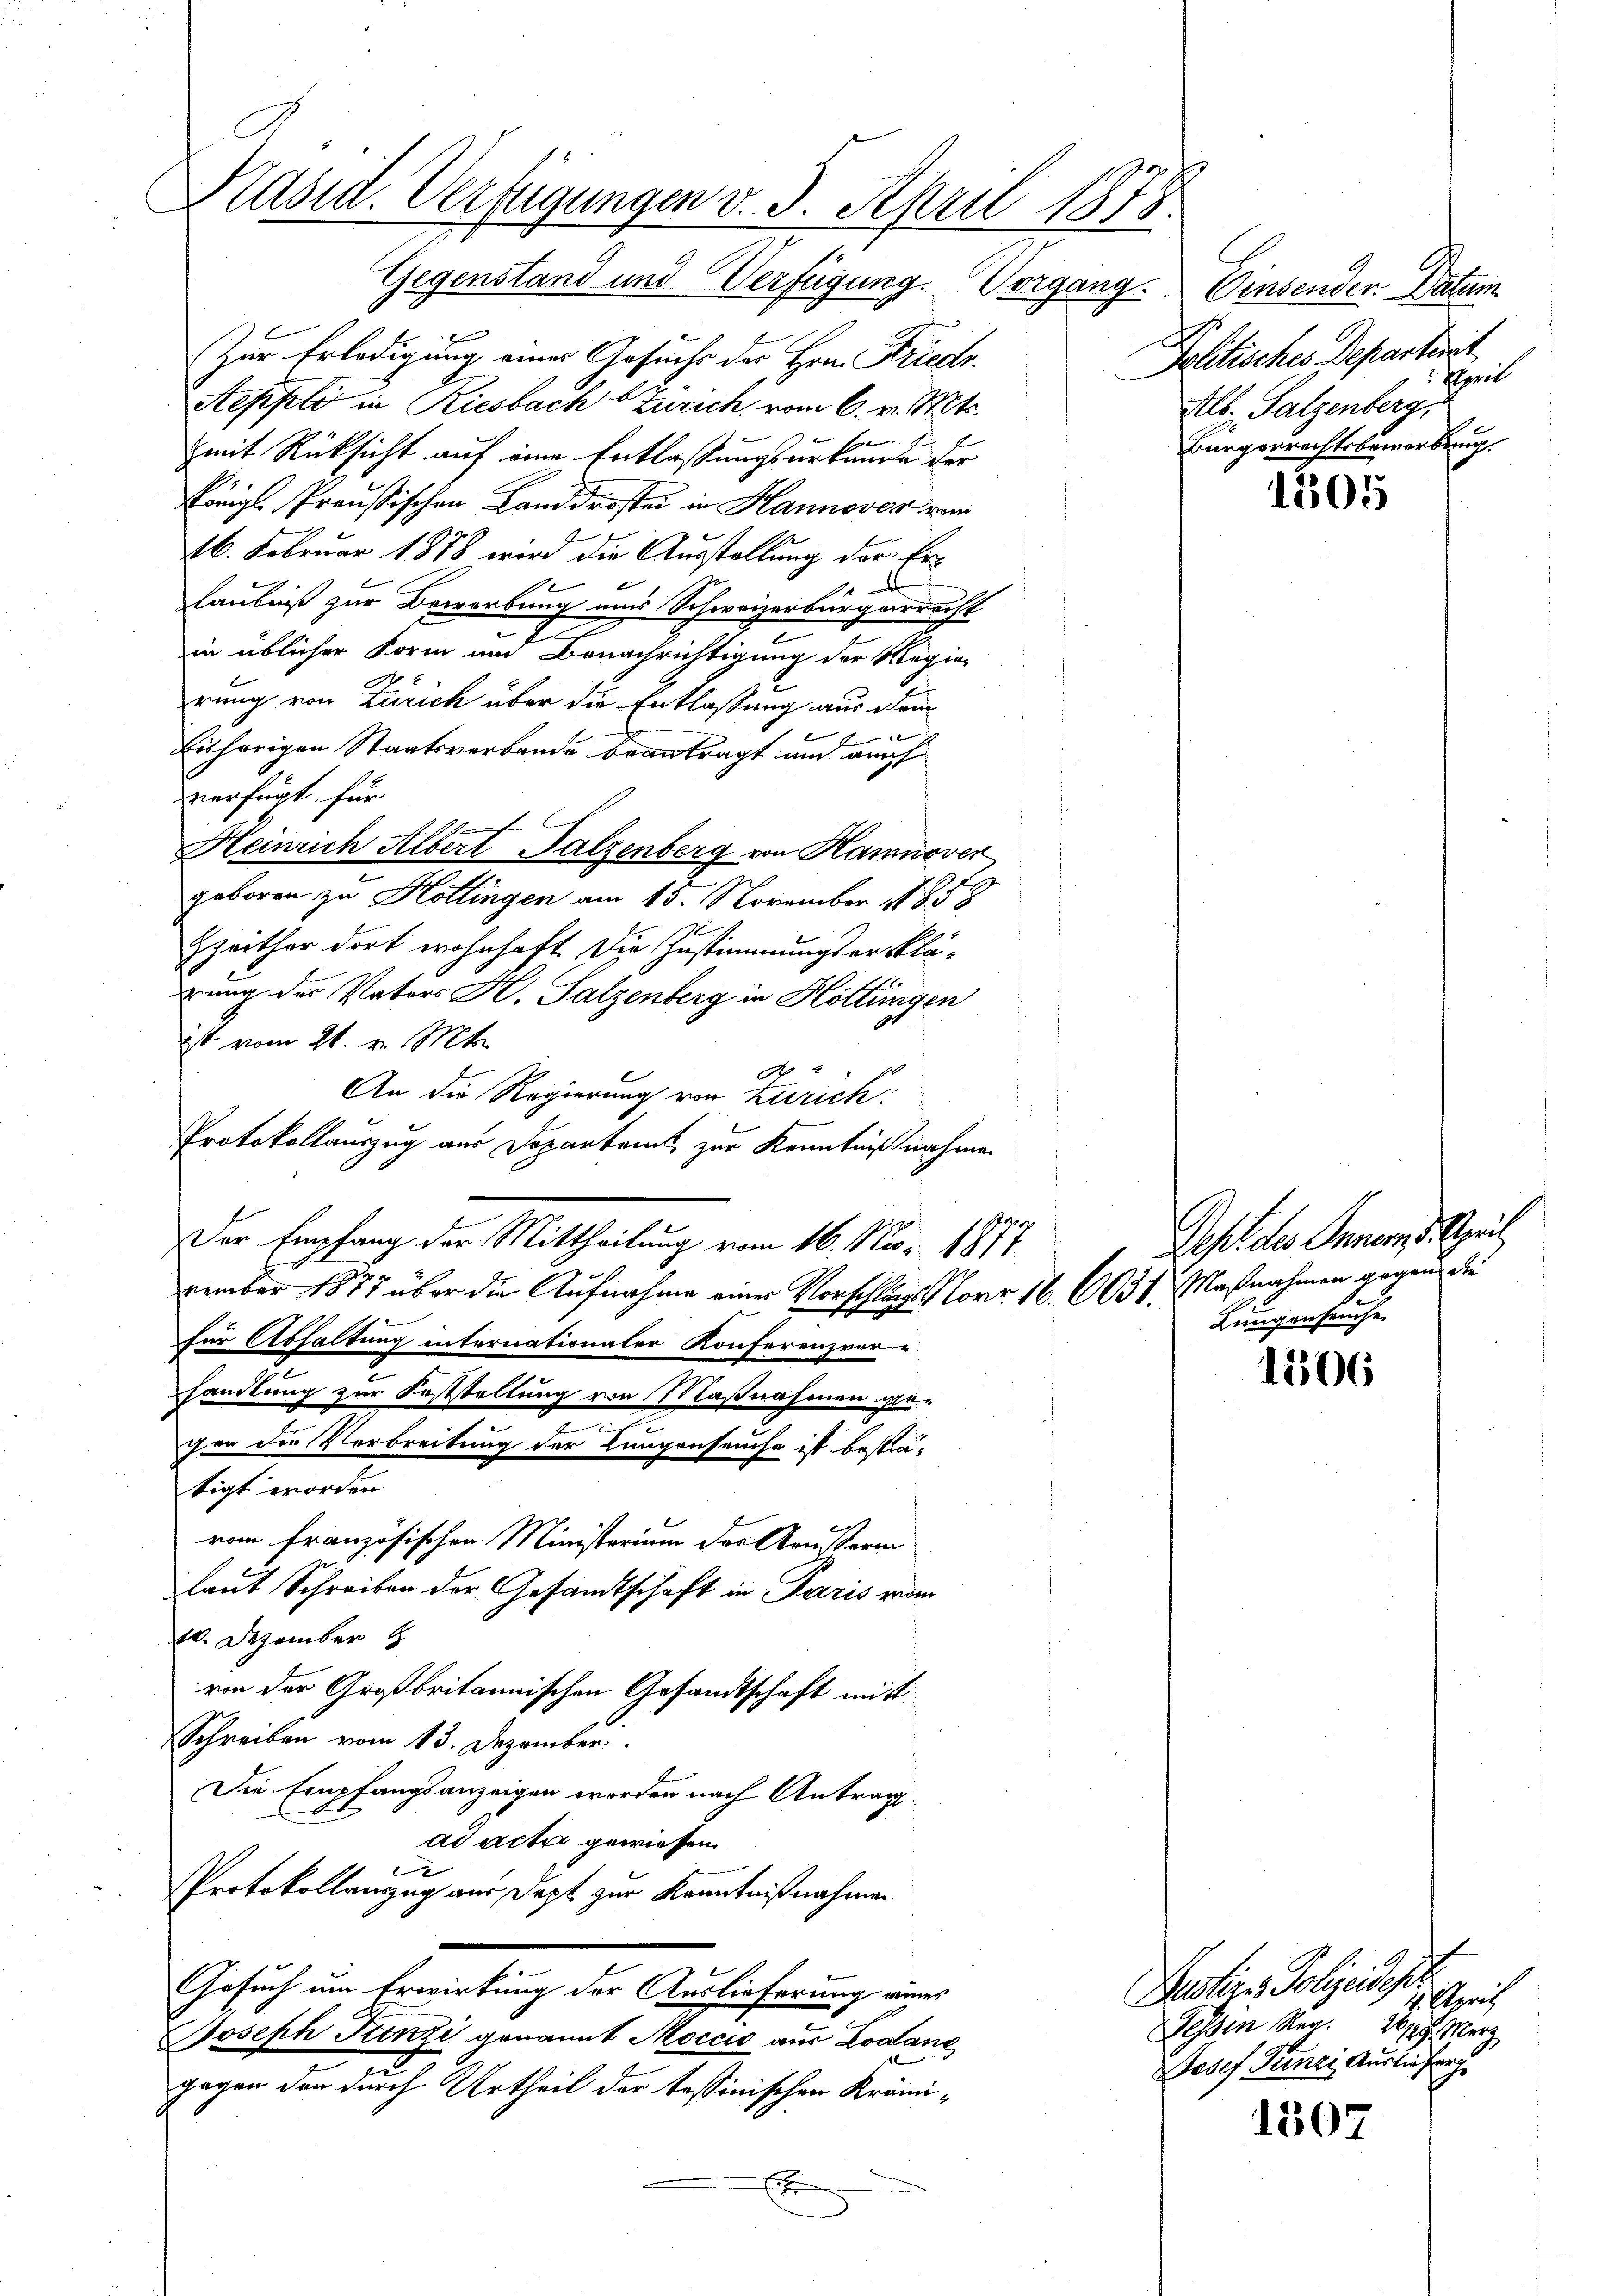
Zur Erledigung eines Gesuchs der Hrn. Friedr.
Aeppli in Riesbach b Zürich, vom 6. v. Mts.
e
mit Rücksicht auf eine Entlassungsurkunde der
Königl. Preussischen Landdrosten in Hannover vom
26. Februar 1878 wird die Ausstellung der Erlaubniß zur Bewerbung uns Schweizerbürgerrecht
2
in üblicher Form und Benachrichtigung der Regierung von Zürich über die Entlassung aus dem
f
Eishörigen Staatsverbande beantragt und auch
verfügt für
Heinrich Albert Falzenberg von Hannover
geboren zu Hottingen am 15. November 1858
Zzeither dort wohnhaft. Die Zustimmungserklä-
rung des Vaters H. Salzenberg in Hottingen
ist vom 21. v. Mts.
A
An die Regierung von Zürich
Protokollauszug aus Departamt, zur Kenntnißnahmen
Der Empfang der Mittheilung vom 16. No. 1877
vember 1877 über die Aufnahme einer Vorschlags Norr 16. 6031. Maßnahmen gegen die
für Abhaltung internationaler Konferenzverhandlung zur Feststellung von Maßnahmen gegen der Verbreitung der Langenseuche ist bestim-
tigt worden.
rom französischen Ministerium der Armusterm
laut Schreiben der Gesandtschaft in Paris vom
10. Dezember
von der Großbritannischen Gesandtschaft mitt
Schreiben vom 13. Dezember
Die Empfangsanzeigen werden nach Antrag
ad acta gewiesen.
Protokollanzug aus Dept zur Kenntnißnahmen
Gesuch um Erwirkung der Auslieferung eines
Joseph Tunzi genannt Moccio aus Lodane
gegen den durch Urtheil der tessinischen Krämix

Präsid. Verfügungen v. 3. April 1873
Gegenstand und Verfügung. Vorgang.

Drusenden Alter
Politisches Departet
Elpril
Alb. Salzenberg,
Bürgerrechtsbewerbung.

1505

Pept. des Innern d. Speil,
Lungenseuche.

1306

1507

f
Justire Polizeidest
4. April
essen Reg. 227. Merz
Josef Prinzi Auslieferg